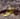
إلى